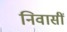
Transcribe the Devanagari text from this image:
निवासीं